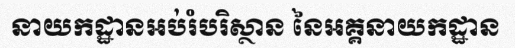
នាយកដ្ឋានអប់រំបរិស្ថាន នៃអគ្គនាយកដ្ឋាន